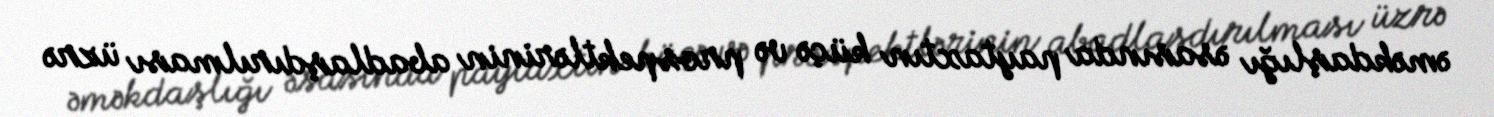
əməkdaşlığı əsasında paytaxtın küçə və prospektlərinin abadlaşdırılması üzrə